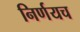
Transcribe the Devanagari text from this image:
निर्णयच